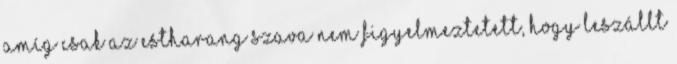
amíg csak az estharang szava nem figyelmeztetett, hogy leszállt